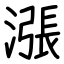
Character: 漲